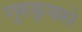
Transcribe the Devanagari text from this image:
गुरुकृपासे